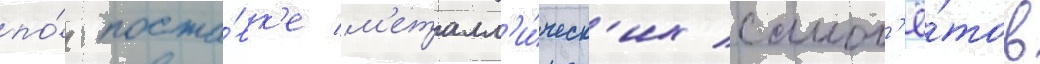
по́ поста́вк'е м'еталл'и́ческ'их самол'ё́тов